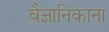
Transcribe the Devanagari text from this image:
वैज्ञानिकाना